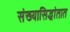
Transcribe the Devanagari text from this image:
संख्यासिद्धांतात